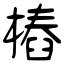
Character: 樁